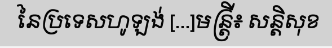
នៃប្រទេសហូឡង់ [...]មន្ត្រី៖ សន្តិសុខ